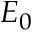
E _ { 0 }